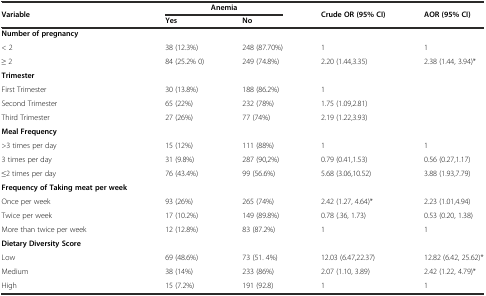
<table><thead><tr><td rowspan="2"><b>Variable</b></td><td colspan="2"><b>Anemia</b></td><td rowspan="2"><b>Crude OR (95% CI)</b></td><td rowspan="2"><b>AOR (95% CI)</b></td></tr><tr><td><b>Yes</b></td><td><b>No</b></td></tr></thead><tbody><tr><td><b>Number of pregnancy</b></td><td></td><td></td><td></td><td></td></tr><tr><td>&lt; 2</td><td>38 (12.3%)</td><td>248 (87.70%)</td><td>1</td><td>1</td></tr><tr><td>≥ 2</td><td>84 (25.2% 0)</td><td>249 (74.8%)</td><td>2.20 (1.44,3.35)</td><td>2.38 (1.44, 3.94)*</td></tr><tr><td><b>Trimester</b></td><td></td><td></td><td></td><td></td></tr><tr><td>First Trimester</td><td>30 (13.8%)</td><td>188 (86.2%)</td><td>1</td><td></td></tr><tr><td>Second Trimester</td><td>65 (22%)</td><td>232 (78%)</td><td>1.75 (1.09,2.81)</td><td></td></tr><tr><td>Third Trimester</td><td>27 (26%)</td><td>77 (74%)</td><td>2.19 (1.22,3.93)</td><td></td></tr><tr><td><b>Meal Frequency</b></td><td></td><td></td><td></td><td></td></tr><tr><td>&gt;3 times per day</td><td>15 (12%)</td><td>111 (88%)</td><td>1</td><td>1</td></tr><tr><td>3 times per day</td><td>31 (9.8%)</td><td>287 (90,2%)</td><td>0.79 (0.41,1.53)</td><td>0.56 (0.27,1.17)</td></tr><tr><td>≤2 times per day</td><td>76 (43.4%)</td><td>99 (56.6%)</td><td>5.68 (3.06,10.52)</td><td>3.88 (1.93,7.79)</td></tr><tr><td><b>Frequency of Taking meat per week</b></td><td></td><td></td><td></td><td></td></tr><tr><td>Once per week</td><td>93 (26%)</td><td>265 (74%)</td><td>2.42 (1.27, 4.64)*</td><td>2.23 (1.01,4.94)</td></tr><tr><td>Twice per week</td><td>17 (10.2%)</td><td>149 (89.8%)</td><td>0.78 (.36, 1.73)</td><td>0.53 (0.20, 1.38)</td></tr><tr><td>More than twice per week</td><td>12 (12.8%)</td><td>83 (87.2%)</td><td>1</td><td>1</td></tr><tr><td><b>Dietary Diversity Score</b></td><td></td><td></td><td></td><td></td></tr><tr><td>Low</td><td>69 (48.6%)</td><td>73 (51. 4%)</td><td>12.03 (6.47,22.37)</td><td>12.82 (6.42, 25.62)*</td></tr><tr><td>Medium</td><td>38 (14%)</td><td>233 (86%)</td><td>2.07 (1.10, 3.89)</td><td>2.42 (1.22, 4.79)*</td></tr><tr><td>High</td><td>15 (7.2%)</td><td>191 (92.8)</td><td>1</td><td>1</td></tr></tbody></table>